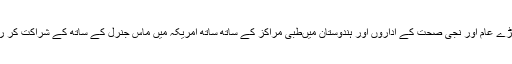
کمپنی بڑے عام اور نجی صحت کے اداروں اور ہندوستان میںطبی مراکز کے ساتھ ساتھ امریکہ میں ماس جنرل کے ساتھ کے شراکت کر رہی ہے۔